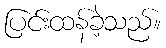
ပြင်းထန်ခဲ့သည်။